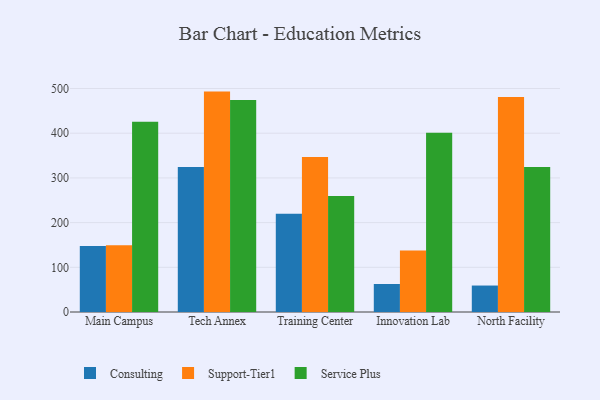
{"axis": {"x": "Campus", "y": "Satisfaction Score"}, "legend": ["Consulting", "Service Plus", "Support-Tier1"], "data": [{"x": "Main Campus", "y": 147.5, "type": "Consulting"}, {"x": "Main Campus", "y": 149.6, "type": "Support-Tier1"}, {"x": "Main Campus", "y": 425.9, "type": "Service Plus"}, {"x": "Tech Annex", "y": 324.6, "type": "Consulting"}, {"x": "Tech Annex", "y": 493.1, "type": "Support-Tier1"}, {"x": "Tech Annex", "y": 474.3, "type": "Service Plus"}, {"x": "Training Center", "y": 219.8, "type": "Consulting"}, {"x": "Training Center", "y": 346.6, "type": "Support-Tier1"}, {"x": "Training Center", "y": 259.6, "type": "Service Plus"}, {"x": "Innovation Lab", "y": 62.7, "type": "Consulting"}, {"x": "Innovation Lab", "y": 137.6, "type": "Support-Tier1"}, {"x": "Innovation Lab", "y": 400.9, "type": "Service Plus"}, {"x": "North Facility", "y": 59.2, "type": "Consulting"}, {"x": "North Facility", "y": 481.0, "type": "Support-Tier1"}, {"x": "North Facility", "y": 324.2, "type": "Service Plus"}]}